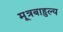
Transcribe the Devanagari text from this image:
मूत्रबाहुल्य